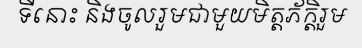
ទីនោះ និងចូលរួមជាមួយមិត្តភ័ក្តិរួម